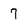
Character: 7